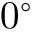
0 ^ { \circ }